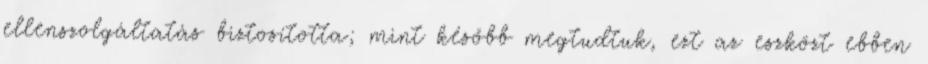
ellenszolgáltatás biztosította; mint később megtudtuk, ezt az eszközt ebben